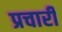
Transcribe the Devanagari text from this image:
प्रचारी